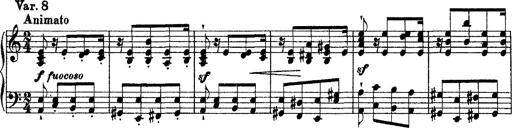
Title: Grandes Ã©tudes de Paganini
Composer: Franz Liszt